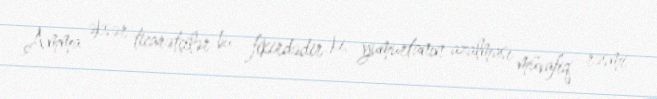
Amma əksər ticarətçilər bu fikirdədir ki, yumurtanın azalması müvafiq rəsmi